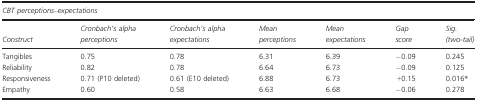
<table><thead><tr><td colspan="7"><b>CBT perceptions–expectations</b></td></tr><tr><td><b>Construct</b></td><td><b>Cronbach&#x27;s alpha perceptions</b></td><td><b>Cronbach&#x27;s alpha expectations</b></td><td><b>Mean perceptions</b></td><td><b>Mean expectations</b></td><td><b>Gap score</b></td><td><b>Sig. (two‐tail)</b></td></tr></thead><tbody><tr><td>Tangibles</td><td>0.75</td><td>0.78</td><td>6.31</td><td>6.39</td><td>−0.09</td><td>0.245</td></tr><tr><td>Reliability</td><td>0.82</td><td>0.78</td><td>6.64</td><td>6.73</td><td>−0.09</td><td>0.125</td></tr><tr><td>Responsiveness</td><td>0.71 (P10 deleted)</td><td>0.61 (E10 deleted)</td><td>6.88</td><td>6.73</td><td>+0.15</td><td>0.016a</td></tr><tr><td>Empathy</td><td>0.60</td><td>0.58</td><td>6.63</td><td>6.68</td><td>−0.06</td><td>0.278</td></tr></tbody></table>